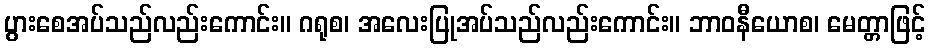
ပွားစေအပ်သည်လည်းကောင်း။ ဂရုစ၊ အလေးပြုအပ်သည်လည်းကောင်း။ ဘာဝနီယောစ၊ မေတ္တာဖြင့်